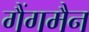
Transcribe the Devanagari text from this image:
गैंगमैन